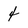
Character: 4